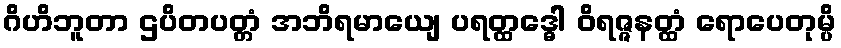
ဂိဟိဘူတာ ဌပိတပတ္တံ အဘိရမာယျေ ပရတ္ထဒ္ဓေါ ဝိရဇ္ဇနတ္ထံ ရောပေတုမ္ပိ